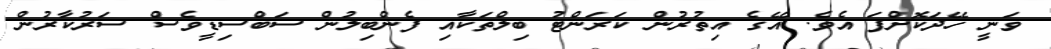
ވަނީ ހޭދަކޮށްފަ އެެވެ. އޭގެ އިތުރުން ކަރަންޓު ބިލްތަކާއި ފެންބިލުން ސަބްސިޑީވެސް ސަރުކާރުން